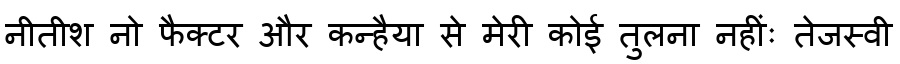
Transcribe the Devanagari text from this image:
नीतीश नो फैक्टर और कन्हैया से मेरी कोई तुलना नहींः तेजस्वी